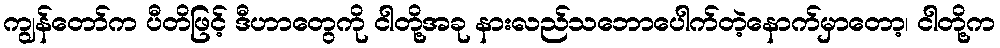
ကျွန်တော်က ပီတိဖြင့် ဒီဟာတွေကို ငါတို့အခု နားလည်သဘောပေါက်တဲ့နောက်မှာတော့၊ ငါတို့က